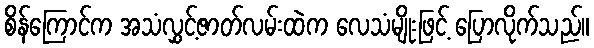
စိန်ကြောင်က အသံလွှင့်ဇာတ်လမ်းထဲက လေသံမျိုးဖြင့် ပြောလိုက်သည်။